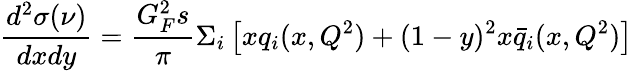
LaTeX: \frac{d^{2}\sigma(\nu)}{dxdy}=\frac{G_{F}^{2}s}{\pi}\Sigma_{i}\left[xq_{i}(x,Q^{2})+(1-y)^{2}x\bar{q}_{i}(x,Q^{2})\right]